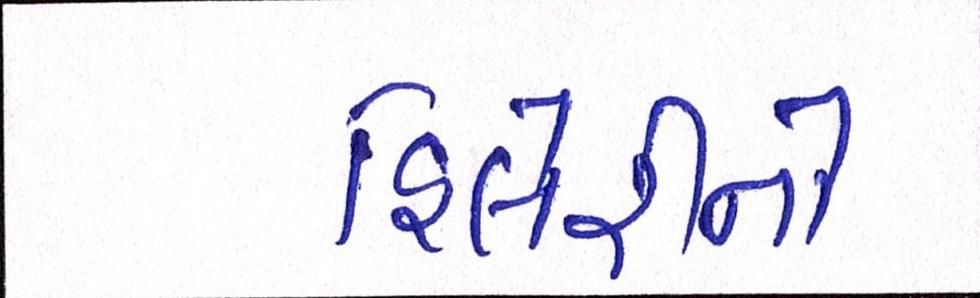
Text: હિલેરીનો